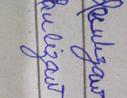
Signature authenticity: forged